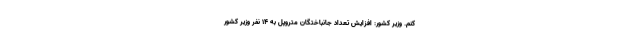
کنم. وزیر کشور: افزایش تعداد جانباختگان متروپل به ۱۴ نفر وزیر کشور